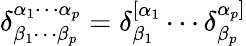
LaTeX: \delta_{\beta_{1}\cdots\beta_{p}}^{\alpha_{1}\cdots\alpha_{p}}=\delta_{\beta_{1}}^{[\alpha_{1}}\cdots\delta_{\beta_{p}}^{\alpha_{p}]}